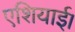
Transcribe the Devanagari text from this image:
एशियाई।